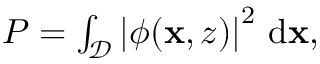
\begin{array} { r } { P = \int _ { \mathcal { D } } \left| \phi ( \mathbf { x } , z ) \right| ^ { 2 } \, \mathrm { d } \mathbf { x } , } \end{array}